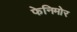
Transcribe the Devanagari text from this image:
फेनिमोर